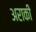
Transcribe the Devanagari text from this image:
अराकी